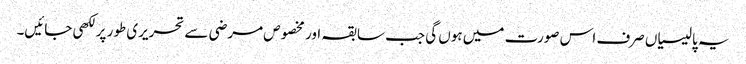
یہ پالیسیاں صرف اس صورت میں ہوں گی جب سابقہ اور مخصوص مرضی سے تحریری طور پر لکھی جائیں۔